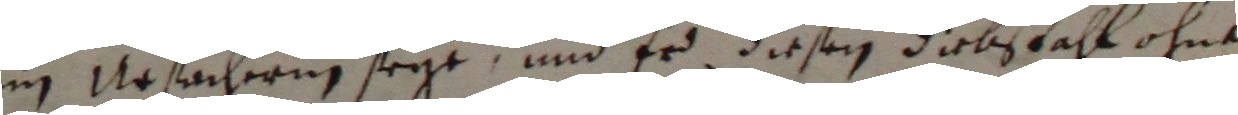
im Ursächerin seye und er diesen diebstahl ohne